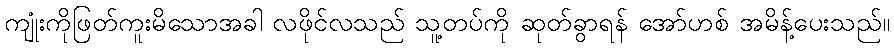
ကျုံးကိုဖြတ်ကူးမိသောအခါ လဖိုင်လသည် သူ့တပ်ကို ဆုတ်ခွာရန် အော်ဟစ် အမိန့်ပေးသည်။